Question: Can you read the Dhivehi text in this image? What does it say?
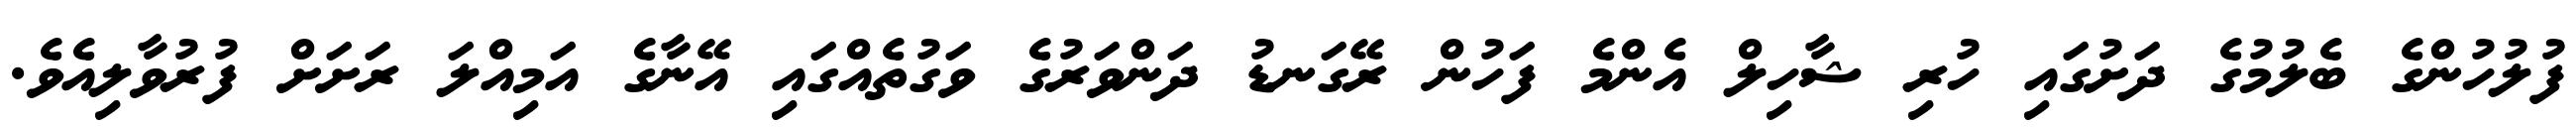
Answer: ފުލުހުންގެ ބެލުމުގެ ދަށުގައި ހުރި ޝާހިލް އެންމެ ފަހުން ރޭގަނޑު ދަންވަރުގެ ވަގުތެއްގައި އޭނާގެ އަމިއްލަ ރަށަށް ފުރުވާލިއެވެ.